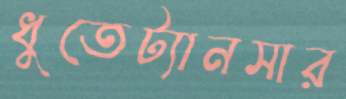
ধুতেট্যানসার